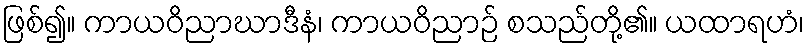
ဖြစ်၍။ ကာယဝိညာဃာဒီနံ၊ ကာယဝိညာဉ် စသည်တို့၏။ ယထာရဟံ၊